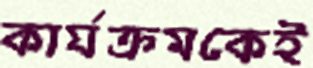
কার্যক্রমকেই